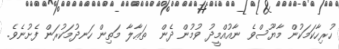
ހުރިހާކަމަކުން މާޔޫސްވެ ނާއުއްމީދު ވުމުން ދެން  ތަޢާލާ މަތިން ހަނދުމަކުރަން ފެށުނެވެ.